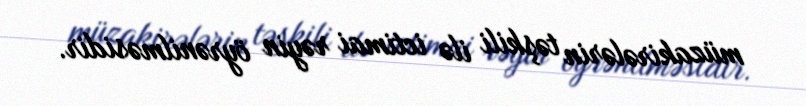
müzakirələrin təşkili ilə ictimai rəyin öyrənilməsidir.